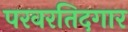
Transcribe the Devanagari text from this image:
परवरतिदगार